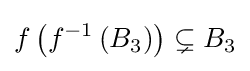
f\left(f^{-1}\left(B_{3}\right)\right)\subsetneq B_{3}